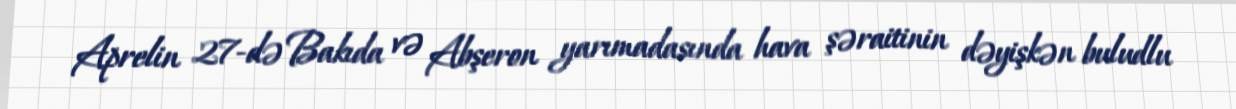
Aprelin 27-də Bakıda və Abşeron yarımadasında hava şəraitinin dəyişkən buludlu